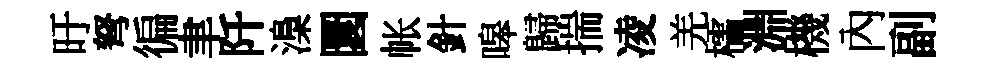
旴弩徧聿阡𣻏圜帐針嗥歸揣凌羌櫺淵機內副